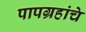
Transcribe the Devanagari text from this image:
पापग्रहांचे